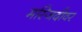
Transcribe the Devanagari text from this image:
मस्जिदीवर